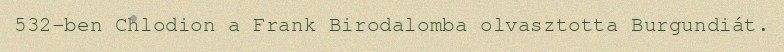
532-ben Chlodion a Frank Birodalomba olvasztotta Burgundiát.